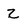
Character: z